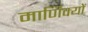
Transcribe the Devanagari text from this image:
माणिक्यों